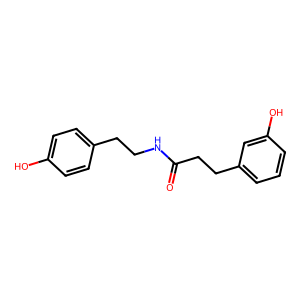
SMILES: O=C(CCc1cccc(O)c1)NCCc1ccc(O)cc1
Inhibits HIV replication: No